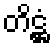
တိဋ္ဌံ